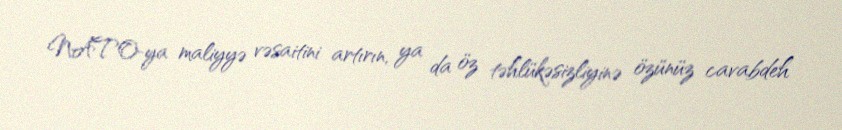
NATO-ya maliyyə vəsaitini artırın, ya da öz təhlükəsizliyinə özünüz cavabdeh